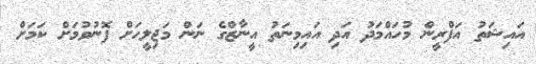
އައިޝަތު އަފްރީން މުހައްމަދު އަދި އައިމިނަތު އީނާޒްގެ ނަން މަޖިލީހަށް ފޮނުވުމަށް ކަމަށް